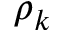
\rho _ { k }